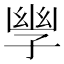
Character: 𫲪